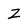
Character: z